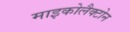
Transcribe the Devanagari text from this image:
माइकोलैक्टोन